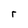
Character: r